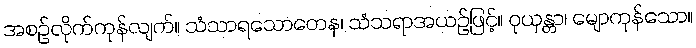
အစဉ်လိုက်ကုန်လျက်။ သံသာရသောတေန၊ သံသရာအယဉ်ဖြင့်။ ဝုယှန္တာ၊ မျောကုန်သော။